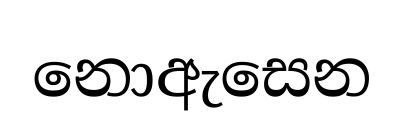
නොඇසෙන